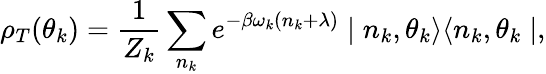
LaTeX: \rho_{T}(\theta_{k})=\frac{1}{Z_{k}}\sum_{n_{k}}e^{-\beta\omega_{k}(n_{k}+\lambda)}\mid n_{k},\theta_{k}\rangle\langle n_{k},\theta_{k}\mid,